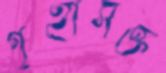
গৃহাসক্ত